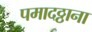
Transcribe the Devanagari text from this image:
पमादठ्ठाना